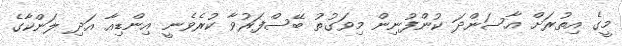
މީގެ އިތުރަށް އާސަންދަ ކުންފުނިިން މިވަގުތު ބޭސްފަރުވާ ކުރެވެނީ އިންޑިއާ އަދި ލަންކާގެ